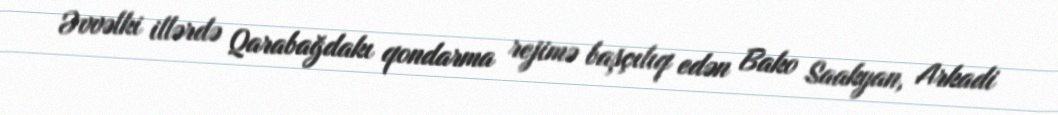
Əvvəlki illərdə Qarabağdakı qondarma rejimə başçılıq edən Bako Saakyan, Arkadi